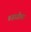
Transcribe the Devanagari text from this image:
वऱ्हाडीचा